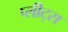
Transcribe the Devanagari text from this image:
प्लीट्स